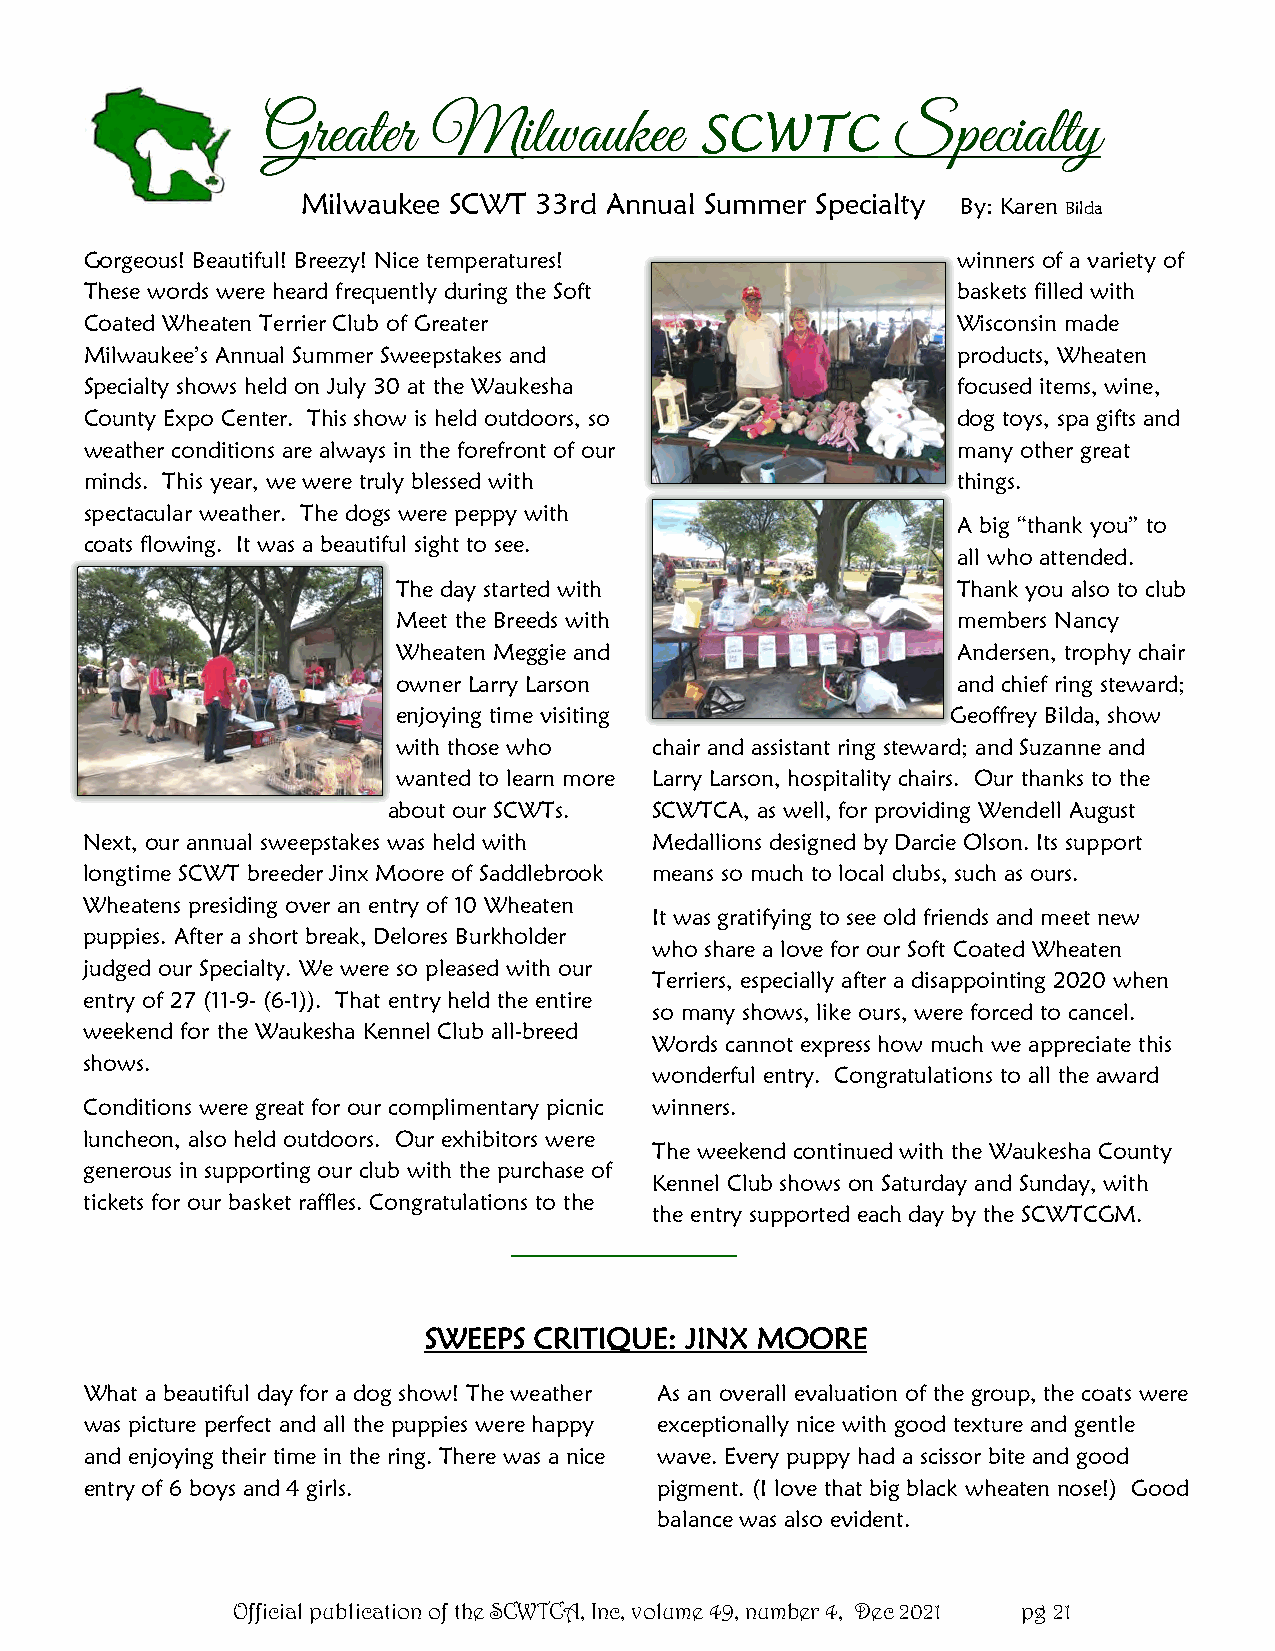
Greater     Milwaukee                     Specialty
 SCWTC
 Milwaukee SCWT 33rd Annual Summer Specialty By: Karen Bilda
 Gorgeous! Beautiful! Breezy! Nice temperatures!          winners of a variety of
 These words were heard frequently during the Soft        baskets filled with
 Coated Wheaten Terrier Club of Greater                   Wisconsin made
 Milwaukee’s Annual Summer Sweepstakes and                products, Wheaten
 Specialty shows held on July 30 at the Waukesha          focused items, wine,
 County Expo Center. This show is held outdoors, so       dog toys, spa gifts and
 weather conditions are always in the forefront of our    many other great
 minds. This year, we were truly blessed with             things.
 spectacular weather. The dogs were peppy with
 A big “thank you” to
 coats flowing. It was a beautiful sight to see.
 all who attended.
 The day started with                 Thank you also to club
 Meet the Breeds with                 members Nancy
 Wheaten Meggie and                   Andersen, trophy chair
 owner Larry Larson                   and chief ring steward;
 enjoying time visiting               Geoffrey Bilda, show
 with those who   chair and assistant ring steward; and Suzanne and
 wanted to learn more Larry Larson, hospitality chairs. Our thanks to the
 about our SCWTs. SCWTCA, as well, for providing Wendell August
 Next, our annual sweepstakes was held with Medallions designed by Darcie Olson. Its support
 longtime SCWT breeder Jinx Moore of Saddlebrook means so much to local clubs, such as ours.
 Wheatens presiding over an entry of 10 Wheaten
 It was gratifying to see old friends and meet new
 puppies. After a short break, Delores Burkholder
 who share a love for our Soft Coated Wheaten
 judged our Specialty. We were so pleased with our
 Terriers, especially after a disappointing 2020 when
 entry of 27 (11-9- (6-1)). That entry held the entire
 so many shows, like ours, were forced to cancel.
 weekend for the Waukesha Kennel Club all-breed
 Words cannot express how much we appreciate this
 shows.
 wonderful entry. Congratulations to all the award
 Conditions were great for our complimentary picnic winners.
 luncheon, also held outdoors. Our exhibitors were
 The weekend continued with the Waukesha County
 generous in supporting our club with the purchase of
 Kennel Club shows on Saturday and Sunday, with
 tickets for our basket raffles. Congratulations to the
 the entry supported each day by the SCWTCGM.
 SWEEPS CRITIQUE: JINX MOORE
 What a beautiful day for a dog show! The weather As an overall evaluation of the group, the coats were
 was picture perfect and all the puppies were happy exceptionally nice with good texture and gentle
 and enjoying their time in the ring. There was a nice wave. Every puppy had a scissor bite and good
 entry of 6 boys and 4 girls.          pigment. (I love that big black wheaten nose!) Good
 balance was also evident.
 Official publication of the SCWTCA, Inc, volume 49, number 4, Dec 2021 pg 21